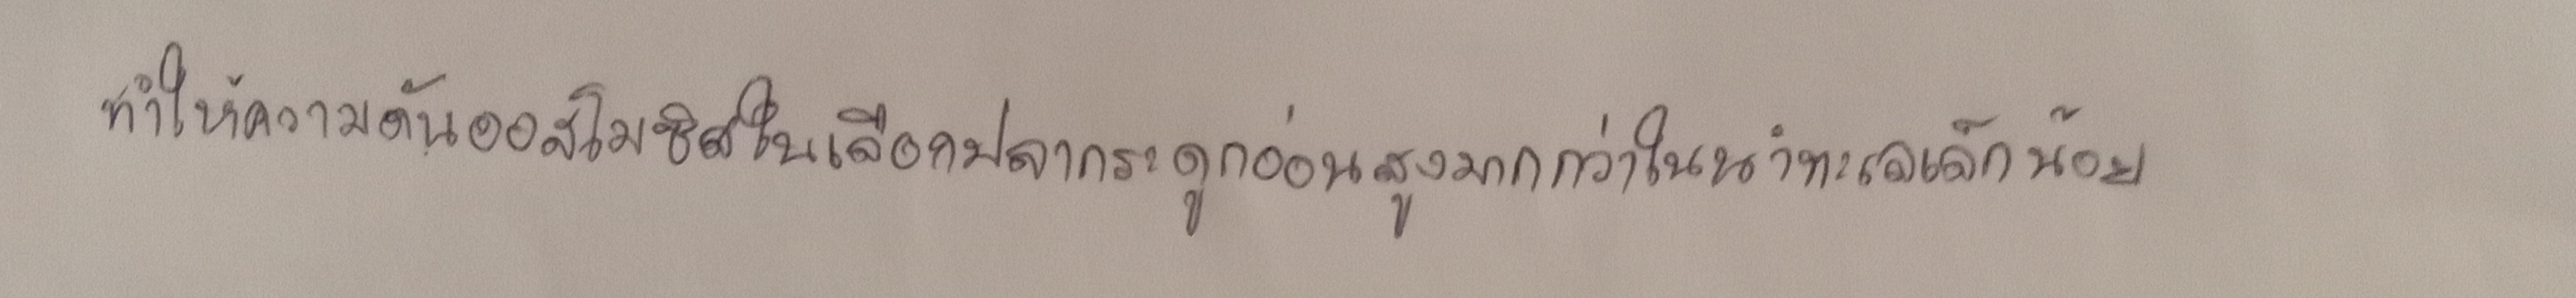
ทำให้ความดันออสโมซิสในเลือดปลากระดูกอ่อนสูงมากกว่าในน้ำทะเลเล็กน้อย